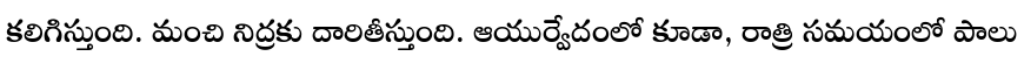
కలిగిస్తుంది. మంచి నిద్రకు దారితీస్తుంది. ఆయుర్వేదంలో కూడా, రాత్రి సమయంలో పాలు